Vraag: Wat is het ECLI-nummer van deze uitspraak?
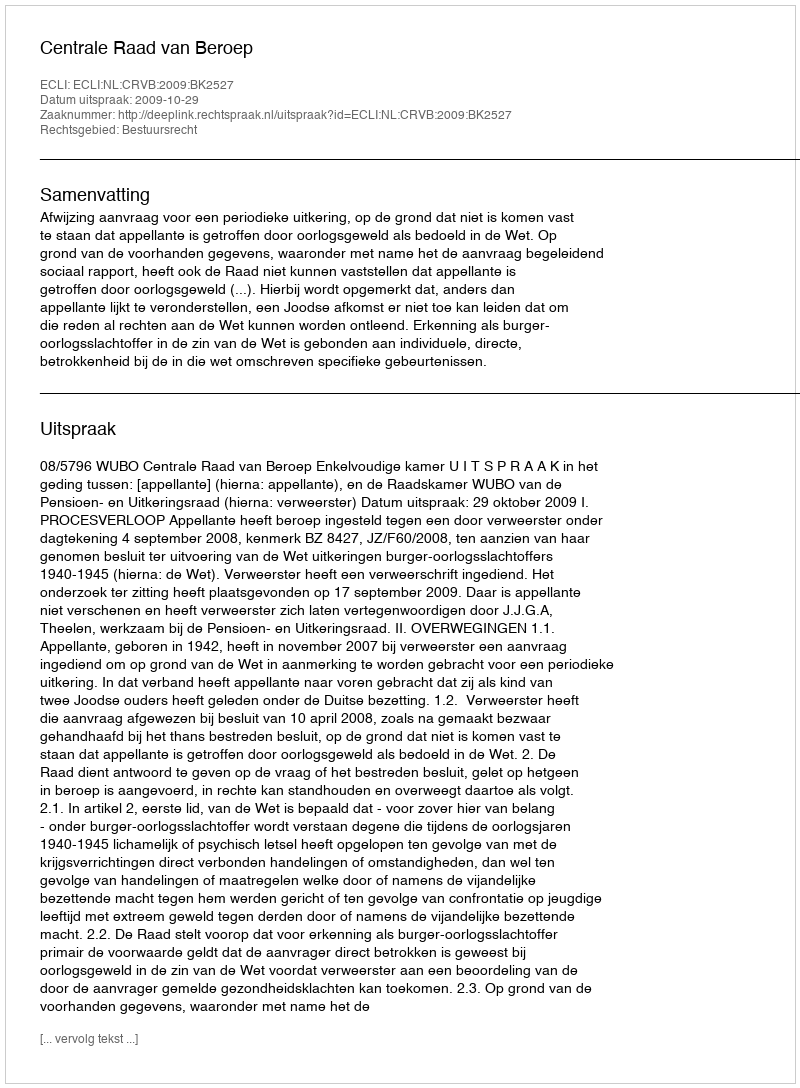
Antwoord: ECLI:NL:CRVB:2009:BK2527